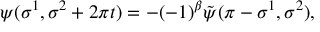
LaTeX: \psi ( \sigma ^ { 1 } , \sigma ^ { 2 } + 2 \pi t ) = - ( - 1 ) ^ { \beta } \tilde { \psi } ( \pi - \sigma ^ { 1 } , \sigma ^ { 2 } ) ,